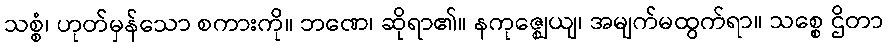
သစ္စံ၊ ဟုတ်မှန်သော စကားကို။ ဘဏေ၊ ဆိုရာ၏။ နကုဇ္ဈေယျ၊ အမျက်မထွက်ရာ။ သစ္စေ ဌိတာ